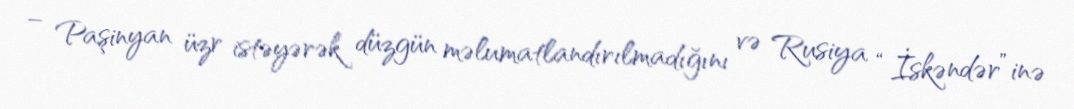
– Paşinyan üzr istəyərək düzgün məlumatlandırılmadığını və Rusiya “İskəndər”inə